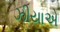
ઝીયાએ